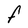
Character: F